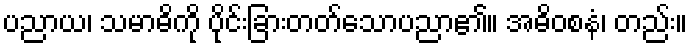
ပညာယ၊ သမာဓိကို ပိုင်းခြားတတ်သောပညာ၏။ အဓိဝစနံ၊ တည်း။